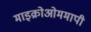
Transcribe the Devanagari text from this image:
माइक्रोओममापी